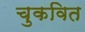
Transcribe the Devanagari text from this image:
चुकवित